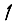
Digit: 1